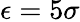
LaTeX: \epsilon=5\sigma